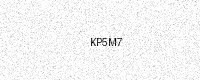
Text: KP5M7